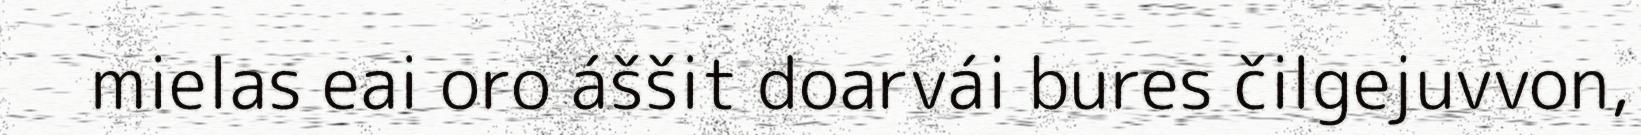
mielas eai oro áššit doarvái bures čilgejuvvon,